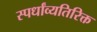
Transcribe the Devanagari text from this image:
स्पर्धांव्यतिरिक्त